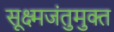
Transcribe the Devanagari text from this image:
सूक्ष्मजंतुमुक्त